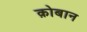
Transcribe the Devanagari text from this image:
क़ोबान